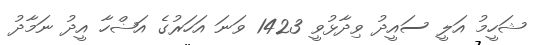
ޝަހީމު އަލީ ސައީދު ވިދާޅުވީ 1423 ވަނަ އަހަރުގެ އަޟްހާ އީދު ނަމާދު